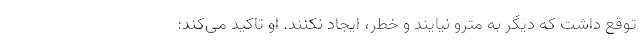
توقع داشت که دیگر به مترو نیایند و خطر، ایجاد نکنند. او تاکید می‌کند: